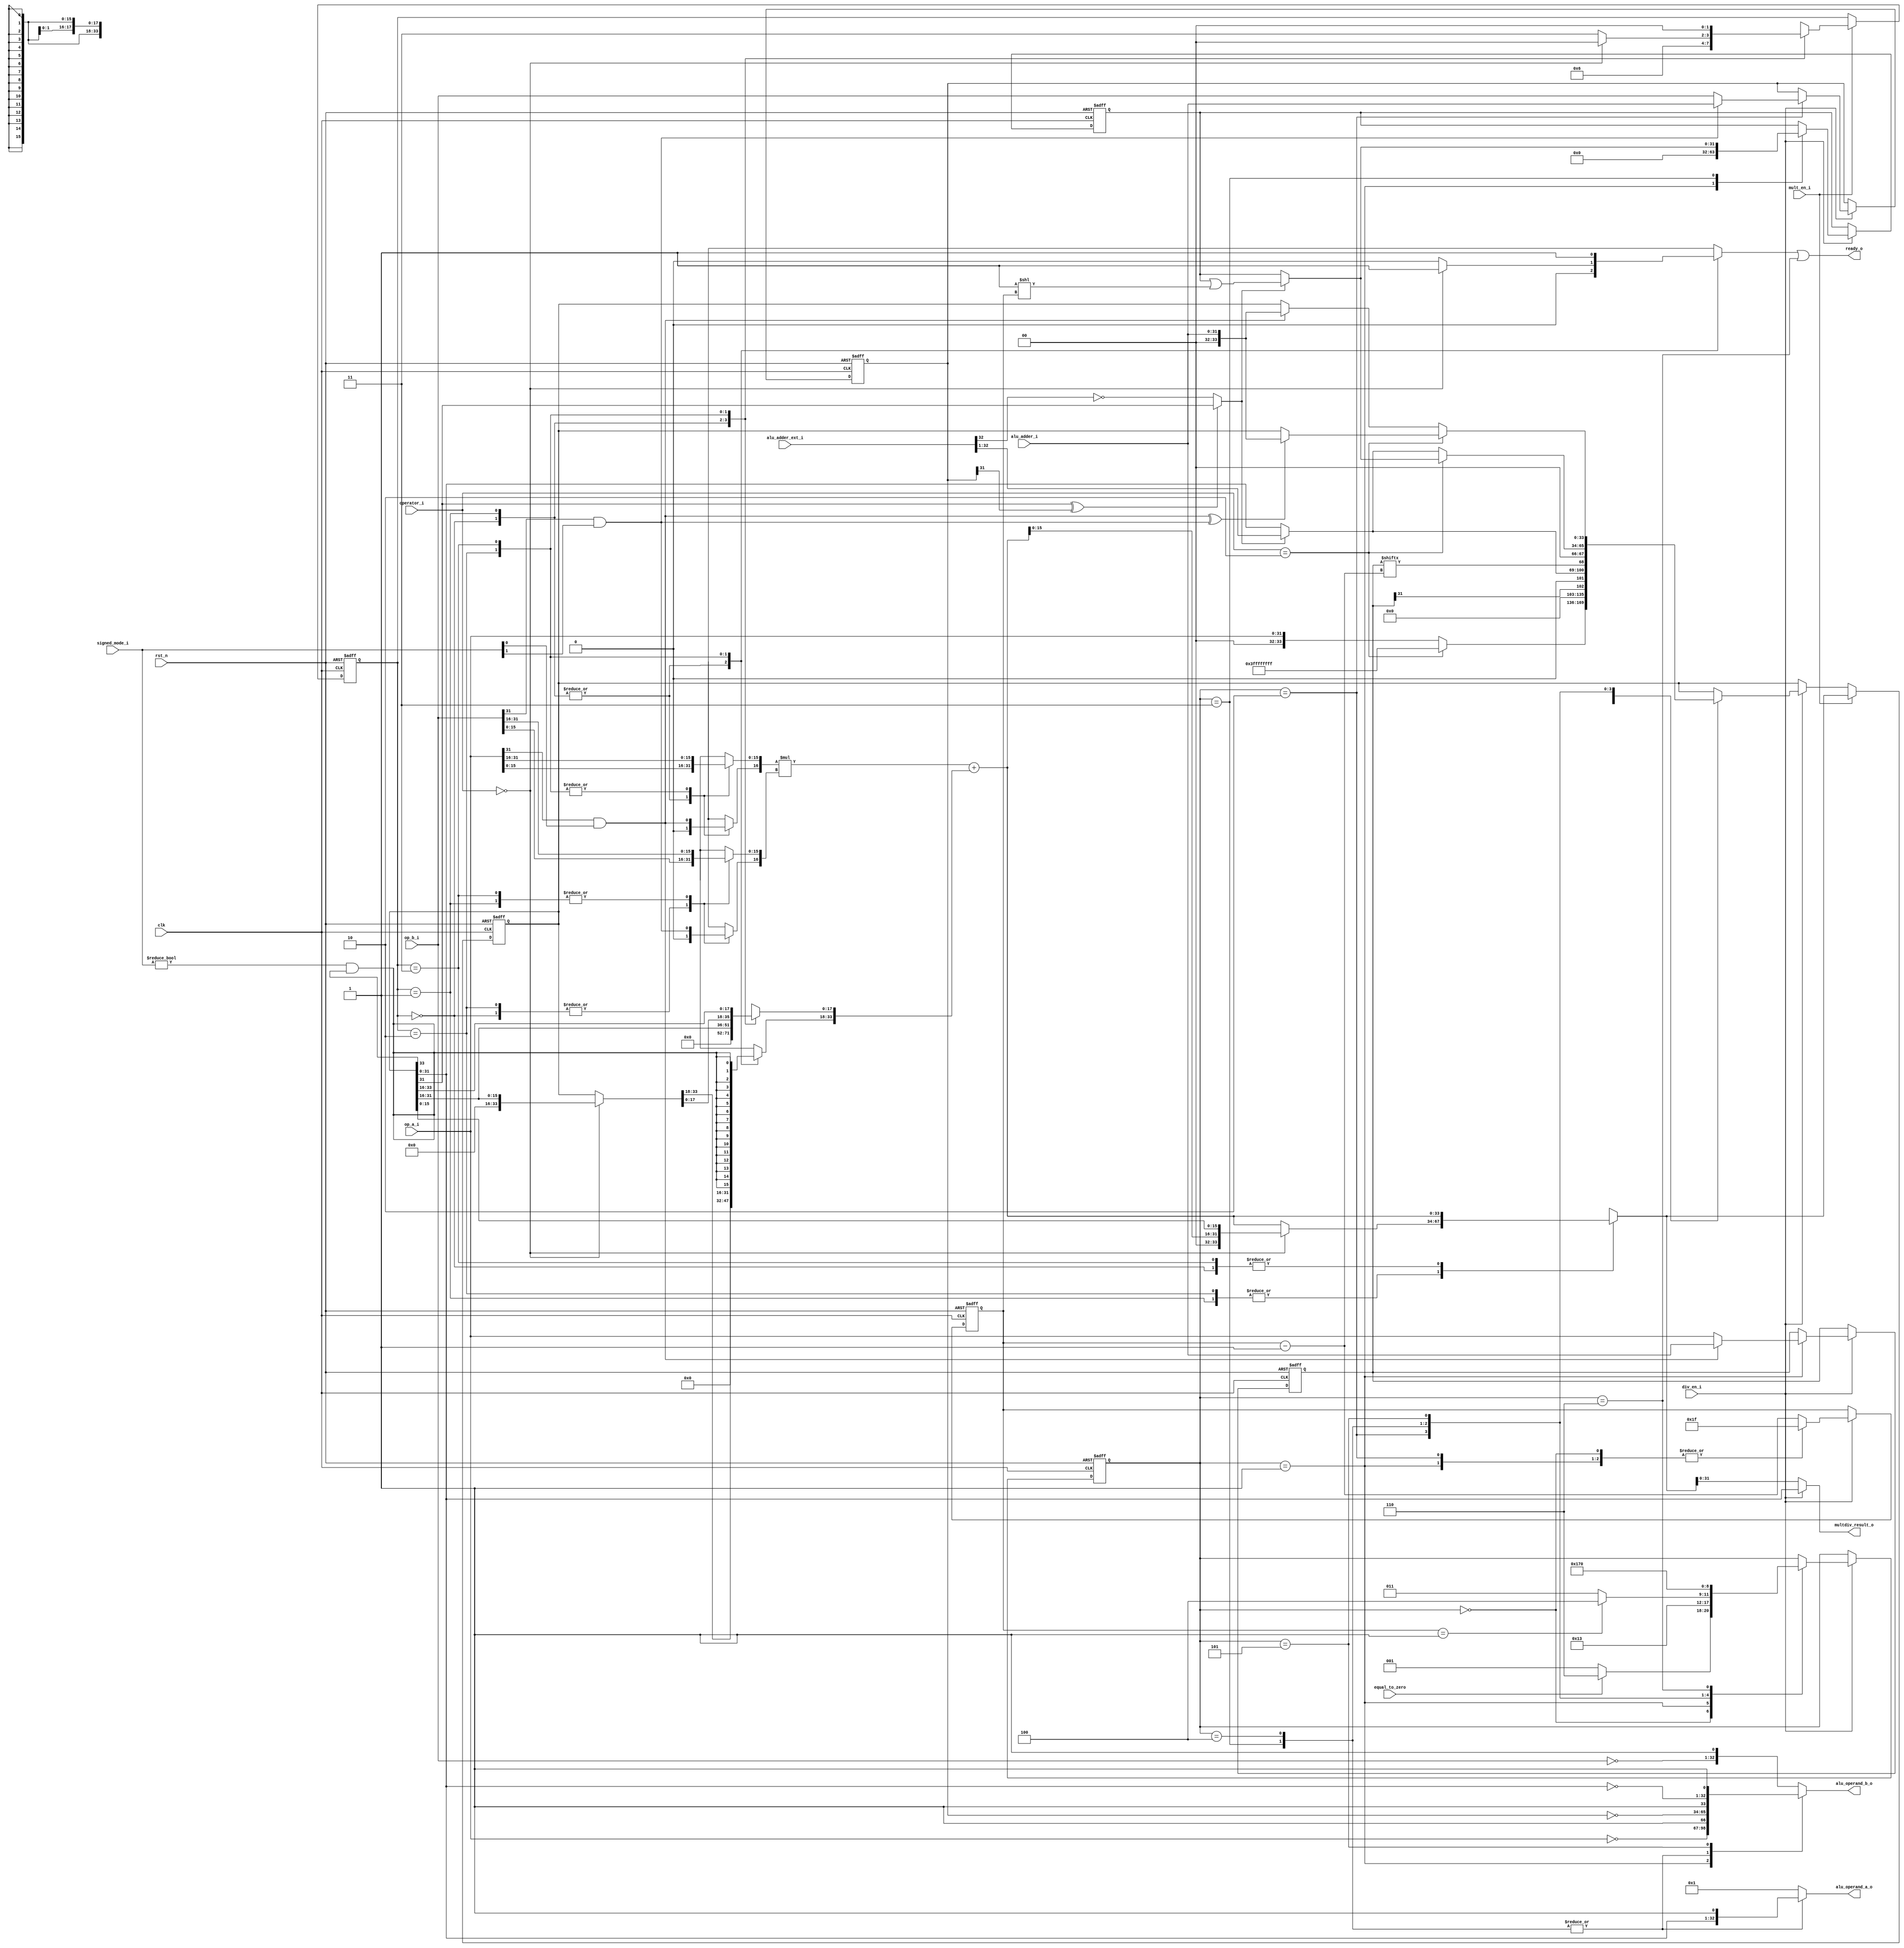
module flexbex_ibex_multdiv_fast (
	clk,
	rst_n,
	mult_en_i,
	div_en_i,
	operator_i,
	signed_mode_i,
	op_a_i,
	op_b_i,
	alu_adder_ext_i,
	alu_adder_i,
	equal_to_zero,
	alu_operand_a_o,
	alu_operand_b_o,
	multdiv_result_o,
	ready_o
);
	input wire clk;
	input wire rst_n;
	input wire mult_en_i;
	input wire div_en_i;
	input wire [1:0] operator_i;
	input wire [1:0] signed_mode_i;
	input wire [31:0] op_a_i;
	input wire [31:0] op_b_i;
	input wire [33:0] alu_adder_ext_i;
	input wire [31:0] alu_adder_i;
	input wire equal_to_zero;
	output reg [32:0] alu_operand_a_o;
	output reg [32:0] alu_operand_b_o;
	output wire [31:0] multdiv_result_o;
	output wire ready_o;
	reg [4:0] div_counter_q;
	reg [4:0] div_counter_n;
	reg [1:0] mult_state_q;
	reg [1:0] mult_state_n;
	reg [2:0] divcurr_state_q;
	reg [2:0] divcurr_state_n;
	wire signed [34:0] mac_res_ext;
	reg [33:0] mac_res_q;
	reg [33:0] mac_res_n;
	wire [33:0] mac_res;
	reg [33:0] op_reminder_n;
	reg [15:0] mult_op_a;
	reg [15:0] mult_op_b;
	reg [33:0] accum;
	reg sign_a;
	reg sign_b;
	wire div_sign_a;
	wire div_sign_b;
	wire signed_mult;
	reg is_greater_equal;
	wire div_change_sign;
	wire rem_change_sign;
	wire [31:0] one_shift;
	reg [31:0] op_denominator_q;
	reg [31:0] op_numerator_q;
	reg [31:0] op_quotient_q;
	reg [31:0] op_denominator_n;
	reg [31:0] op_numerator_n;
	reg [31:0] op_quotient_n;
	wire [31:0] next_reminder;
	wire [32:0] next_quotient;
	wire [32:0] res_adder_h;
	reg mult_is_ready;
	always @(posedge clk or negedge rst_n) begin : proc_mult_state_q
		if (!rst_n) begin
			mult_state_q <= 2'd0;
			mac_res_q <= 1'sb0;
			div_counter_q <= 1'sb0;
			divcurr_state_q <= 3'd0;
			op_denominator_q <= 1'sb0;
			op_numerator_q <= 1'sb0;
			op_quotient_q <= 1'sb0;
		end
		else begin
			if (mult_en_i)
				mult_state_q <= mult_state_n;
			if (div_en_i) begin
				div_counter_q <= div_counter_n;
				op_denominator_q <= op_denominator_n;
				op_numerator_q <= op_numerator_n;
				op_quotient_q <= op_quotient_n;
				divcurr_state_q <= divcurr_state_n;
			end
			case (1'b1)
				mult_en_i: mac_res_q <= mac_res_n;
				div_en_i: mac_res_q <= op_reminder_n;
				default: mac_res_q <= mac_res_q;
			endcase
		end
	end
	assign signed_mult = signed_mode_i != 2'b00;
	assign multdiv_result_o = (div_en_i ? mac_res_q[31:0] : mac_res_n[31:0]);
	assign mac_res_ext = ($signed({sign_a, mult_op_a}) * $signed({sign_b, mult_op_b})) + $signed(accum);
	assign mac_res = mac_res_ext[33:0];
	assign res_adder_h = alu_adder_ext_i[33:1];
	assign next_reminder = (is_greater_equal ? res_adder_h[31:0] : mac_res_q[31:0]);
	assign next_quotient = (is_greater_equal ? {1'b0, op_quotient_q} | {1'b0, one_shift} : {1'b0, op_quotient_q});
	assign one_shift = 32'b00000000000000000000000000000001 << div_counter_q;
	always @(*)
		if ((mac_res_q[31] ^ op_denominator_q[31]) == 1'b0)
			is_greater_equal = res_adder_h[31] == 1'b0;
		else
			is_greater_equal = mac_res_q[31];
	assign div_sign_a = op_a_i[31] & signed_mode_i[0];
	assign div_sign_b = op_b_i[31] & signed_mode_i[1];
	assign div_change_sign = div_sign_a ^ div_sign_b;
	assign rem_change_sign = div_sign_a;
	always @(*) begin : div_fsm
		div_counter_n = div_counter_q - 5'h01;
		op_reminder_n = mac_res_q;
		op_quotient_n = op_quotient_q;
		divcurr_state_n = divcurr_state_q;
		op_numerator_n = op_numerator_q;
		op_denominator_n = op_denominator_q;
		alu_operand_a_o = 33'b000000000000000000000000000000001;
		alu_operand_b_o = {~op_b_i, 1'b1};
		case (divcurr_state_q)
			3'd0: begin
				if (operator_i == 2'd2) begin
					op_reminder_n = 1'sb1;
					divcurr_state_n = (equal_to_zero ? 3'd6 : 3'd1);
				end
				else begin
					op_reminder_n = {2'b00, op_a_i};
					divcurr_state_n = (equal_to_zero ? 3'd6 : 3'd1);
				end
				alu_operand_a_o = 33'b000000000000000000000000000000001;
				alu_operand_b_o = {~op_b_i, 1'b1};
				div_counter_n = 5'd31;
			end
			3'd1: begin
				op_quotient_n = 1'sb0;
				op_numerator_n = (div_sign_a ? alu_adder_i : op_a_i);
				divcurr_state_n = 3'd2;
				div_counter_n = 5'd31;
				alu_operand_a_o = 33'b000000000000000000000000000000001;
				alu_operand_b_o = {~op_a_i, 1'b1};
			end
			3'd2: begin
				op_reminder_n = {33'h000000000, op_numerator_q[31]};
				op_denominator_n = (div_sign_b ? alu_adder_i : op_b_i);
				divcurr_state_n = 3'd3;
				div_counter_n = 5'd31;
				alu_operand_a_o = 33'b000000000000000000000000000000001;
				alu_operand_b_o = {~op_b_i, 1'b1};
			end
			3'd3: begin
				op_reminder_n = {1'b0, next_reminder[31:0], op_numerator_q[div_counter_n]};
				op_quotient_n = next_quotient[31:0];
				divcurr_state_n = (div_counter_q == 5'd1 ? 3'd4 : 3'd3);
				alu_operand_a_o = {mac_res_q[31:0], 1'b1};
				alu_operand_b_o = {~op_denominator_q[31:0], 1'b1};
			end
			3'd4: begin
				if (operator_i == 2'd2)
					op_reminder_n = {1'b0, next_quotient};
				else
					op_reminder_n = {2'b00, next_reminder[31:0]};
				alu_operand_a_o = {mac_res_q[31:0], 1'b1};
				alu_operand_b_o = {~op_denominator_q[31:0], 1'b1};
				divcurr_state_n = 3'd5;
			end
			3'd5: begin
				divcurr_state_n = 3'd6;
				if (operator_i == 2'd2)
					op_reminder_n = (div_change_sign ? {2'h0, alu_adder_i} : mac_res_q);
				else
					op_reminder_n = (rem_change_sign ? {2'h0, alu_adder_i} : mac_res_q);
				alu_operand_a_o = 33'b000000000000000000000000000000001;
				alu_operand_b_o = {~mac_res_q[31:0], 1'b1};
			end
			3'd6: divcurr_state_n = 3'd0;
			default:
				;
		endcase
	end
	assign ready_o = mult_is_ready | (divcurr_state_q == 3'd6);
	always @(*) begin : mult_fsm
		mult_op_a = op_a_i[15:0];
		mult_op_b = op_b_i[15:0];
		sign_a = 1'b0;
		sign_b = 1'b0;
		accum = mac_res_q;
		mac_res_n = mac_res;
		mult_state_n = mult_state_q;
		mult_is_ready = 1'b0;
		case (mult_state_q)
			2'd0: begin
				mult_op_a = op_a_i[15:0];
				mult_op_b = op_b_i[15:0];
				sign_a = 1'b0;
				sign_b = 1'b0;
				accum = 1'sb0;
				mac_res_n = mac_res;
				mult_state_n = 2'd1;
			end
			2'd1: begin
				mult_op_a = op_a_i[15:0];
				mult_op_b = op_b_i[31:16];
				sign_a = 1'b0;
				sign_b = signed_mode_i[1] & op_b_i[31];
				accum = {18'b000000000000000000, mac_res_q[31:16]};
				if (operator_i == 2'd0)
					mac_res_n = {2'b00, mac_res[15:0], mac_res_q[15:0]};
				else
					mac_res_n = mac_res;
				mult_state_n = 2'd2;
			end
			2'd2: begin
				mult_op_a = op_a_i[31:16];
				mult_op_b = op_b_i[15:0];
				sign_a = signed_mode_i[0] & op_a_i[31];
				sign_b = 1'b0;
				if (operator_i == 2'd0) begin
					accum = {18'b000000000000000000, mac_res_q[31:16]};
					mac_res_n = {2'b00, mac_res[15:0], mac_res_q[15:0]};
					mult_is_ready = 1'b1;
					mult_state_n = 2'd0;
				end
				else begin
					accum = mac_res_q;
					mac_res_n = mac_res;
					mult_state_n = 2'd3;
				end
			end
			2'd3: begin
				mult_op_a = op_a_i[31:16];
				mult_op_b = op_b_i[31:16];
				sign_a = signed_mode_i[0] & op_a_i[31];
				sign_b = signed_mode_i[1] & op_b_i[31];
				accum[17:0] = mac_res_q[33:16];
				accum[33:18] = {16 {signed_mult & mac_res_q[33]}};
				mac_res_n = mac_res;
				mult_state_n = 2'd0;
				mult_is_ready = 1'b1;
			end
			default:
				;
		endcase
	end
endmodule